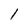
Character: 1